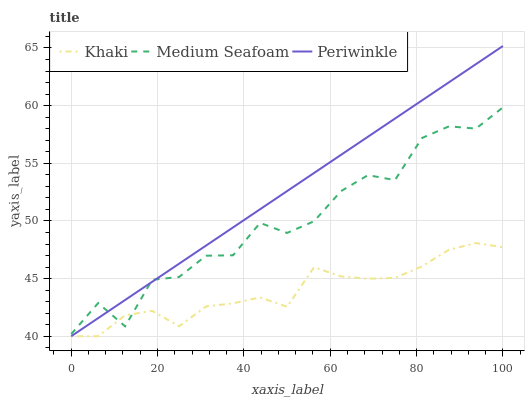
| xaxis_label | Khaki | Medium Seafoam | Periwinkle |
 | --- | --- | --- | --- |
 | 0 | 40 | 40.2 | 40 |
 | 6.25 | 40 | 42.9 | 41.6 |
 | 12.5 | 41.8 | 40.9 | 43.1 |
 | 18.8 | 42.2 | 44.9 | 44.7 |
 | 25 | 40.9 | 45.1 | 46.3 |
 | 31.2 | 42.6 | 47 | 47.9 |
 | 37.5 | 42.9 | 47 | 49.4 |
 | 43.8 | 43.4 | 49.8 | 51 |
 | 50 | 42.6 | 49 | 52.6 |
 | 56.2 | 46 | 50 | 54.2 |
 | 62.5 | 45.2 | 52.6 | 55.7 |
 | 68.8 | 45 | 54 | 57.3 |
 | 75 | 45.1 | 53.5 | 58.9 |
 | 81.2 | 46.1 | 57.2 | 60.5 |
 | 87.5 | 47.5 | 58.2 | 62 |
 | 93.8 | 48.1 | 58 | 63.6 |
 | 100 | 47.7 | 59.8 | 65.2 |